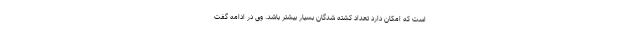
است که امکان دارد تعداد کشته شدگان بسیار بیشتر باشد. وی در ادامه گفت